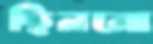
ছিননো